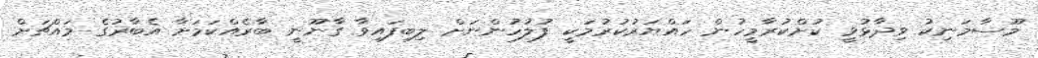
މޫސާމަނިކު ވިދާޅުވީ ކުށްކުރާމީހުން ހައްޔަރުކުރުމަކީ ފުލުހުންނަށް ލިބިފައިވާ ގާނޫނީ ބާރެއްކަމަށާ އެބާރުގެ މައްޗަށް